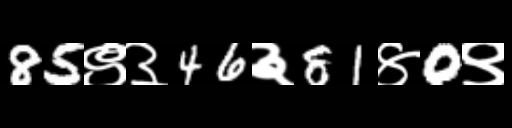
Text: 85९३46३81४0९